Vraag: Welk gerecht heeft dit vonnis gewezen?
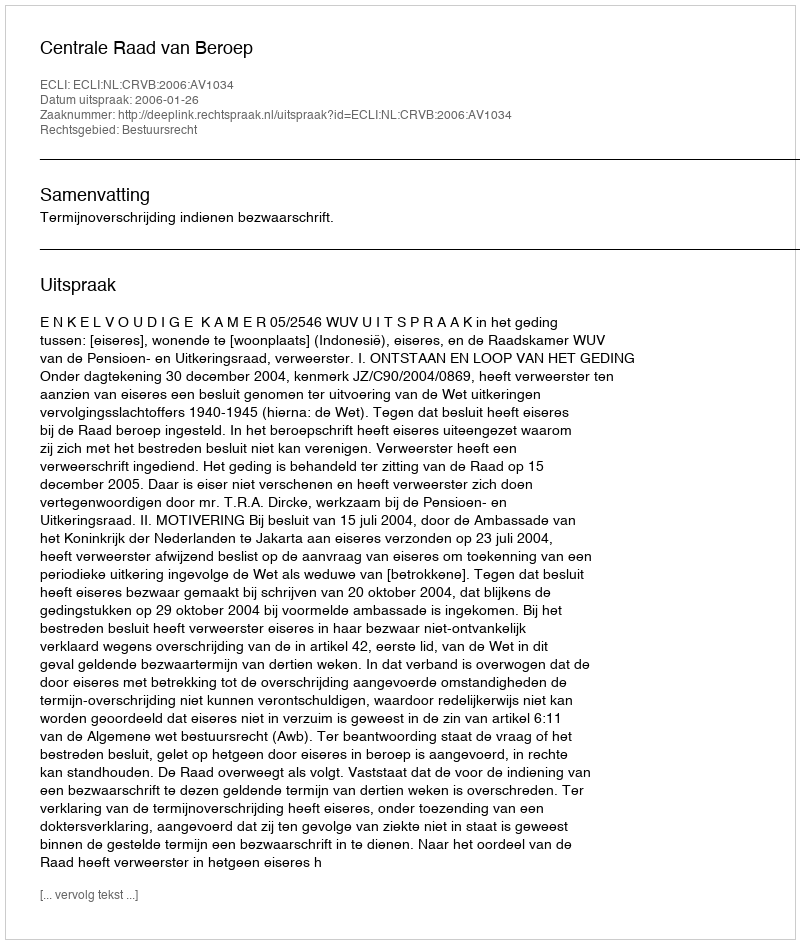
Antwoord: Centrale Raad van Beroep